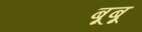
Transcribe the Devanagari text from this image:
बूबू